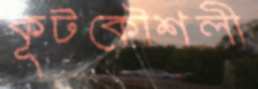
কূটকৌশলী